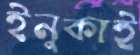
ইনুকাই